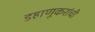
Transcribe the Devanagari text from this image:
डहाणूकरांची